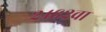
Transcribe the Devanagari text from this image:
२४६२वा